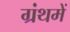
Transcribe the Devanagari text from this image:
ग्रंथमें